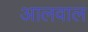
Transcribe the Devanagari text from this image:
आलवाल